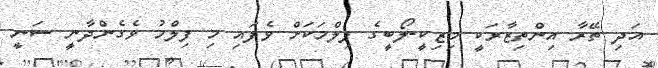
އަދި ތޭރާ އިންތިޒާރަކީ މިޒިކީ-ލޯބީގެ ފިލްމަކަށް ވެފައި މި ފިލްމު ވެގެންދާނީ ސަނީ